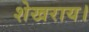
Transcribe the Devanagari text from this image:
शेखराय।